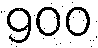
900